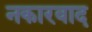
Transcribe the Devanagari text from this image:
नकारवाद